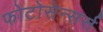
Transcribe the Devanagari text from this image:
फोटोसेन्सर्स